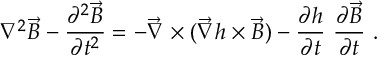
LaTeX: \nabla ^ { 2 } \vec { B } - \frac { \partial ^ { 2 } \vec { B } } { \partial t ^ { 2 } } = - \vec { \nabla } \times ( \vec { \nabla } h \times \vec { B } ) - \frac { \partial h } { \partial t } \ \frac { \partial \vec { B } } { \partial t } \ .